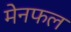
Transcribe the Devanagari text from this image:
मेनफल